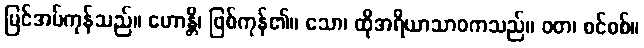
မြင်အပ်ကုန်သည်။ ဟောန္တိ၊ ဖြစ်ကုန်၏။ သော၊ ထိုအရိယာသာဝကသည်။ ဝတ၊ စင်စစ်။